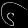
Digit: ၆